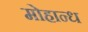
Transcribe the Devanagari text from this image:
मोहान्ध